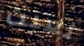
نعبث